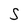
Character: S